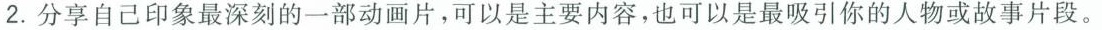
2.分享自己印象最深刻的一部动画片，可以是主要内容，也可以是最吸引你的人物或故事片段。